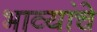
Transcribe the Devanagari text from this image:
भाव्यांचे